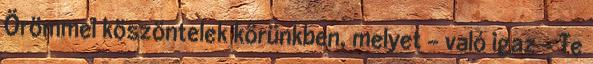
Örömmel köszöntelek körünkben, melyet - való igaz - Te